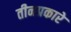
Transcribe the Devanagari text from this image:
तीनप्रकारे